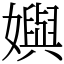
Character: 嬩